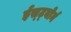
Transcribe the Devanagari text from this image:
ईस्ट्बोर्न